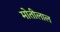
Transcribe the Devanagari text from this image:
माेतीलाल